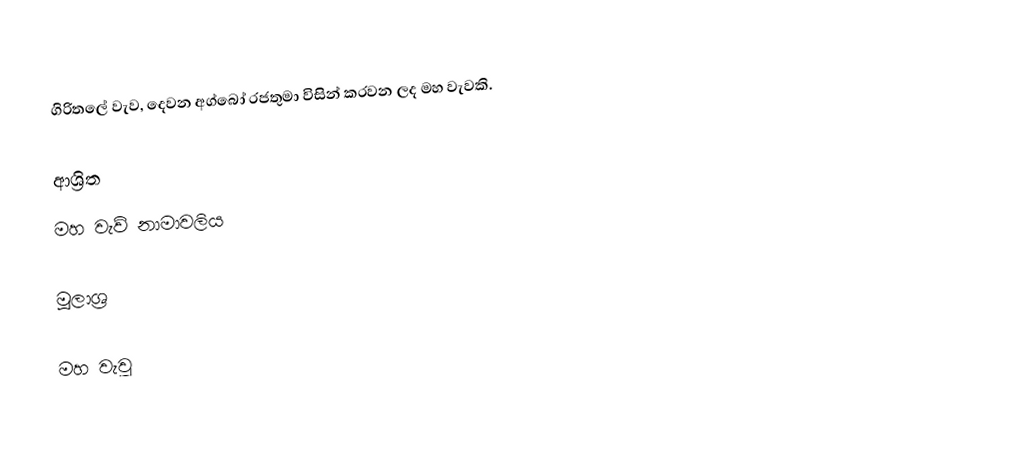
ගිරිතලේ වැව, දෙවන අග්බෝ රජතුමා විසින් කරවන ලද මහ වැවකි.

ආශ්‍රිත
 මහ වැව් නාමාවලිය

මූලාශ්‍ර

මහ වැවු